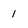
Character: 1